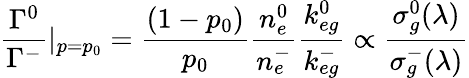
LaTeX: \frac{\Gamma^{0}}{\Gamma^{-}}|_{p=p_{0}}=\frac{(1-p_{0})}{p_{0}}\frac{n_{e}^{0}}{n_{e}^{-}}\frac{k_{eg}^{0}}{k_{eg}^{-}}\propto\frac{\sigma_{g}^{0}(\lambda)}{\sigma_{g}^{-}(\lambda)}